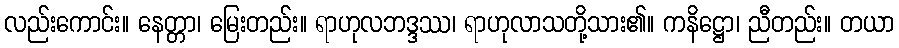
လည်းကောင်း။ နေတ္တာ၊ မြေးတည်း။ ရာဟုလဘဒ္ဒဿ၊ ရာဟုလာသတို့သား၏။ ကနိဋ္ဌော၊ ညီတည်း။ တယာ